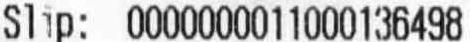
SLIP: 0000000011000136498